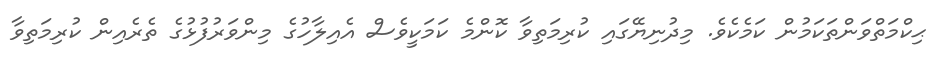
ޙިކްމަތްވަންތަކަމުން ކަމެކެވެ. މިދުނިޔޭގައި ކުރިމަތިވާ ކޮންމެ ކަމަކީވެސް އެއިލާހުގެ މިންވަރުފުޅުގެ ތެރެއިން ކުރިމަތިވާ